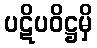
ပဋိပဝိဋ္ဌမှိ